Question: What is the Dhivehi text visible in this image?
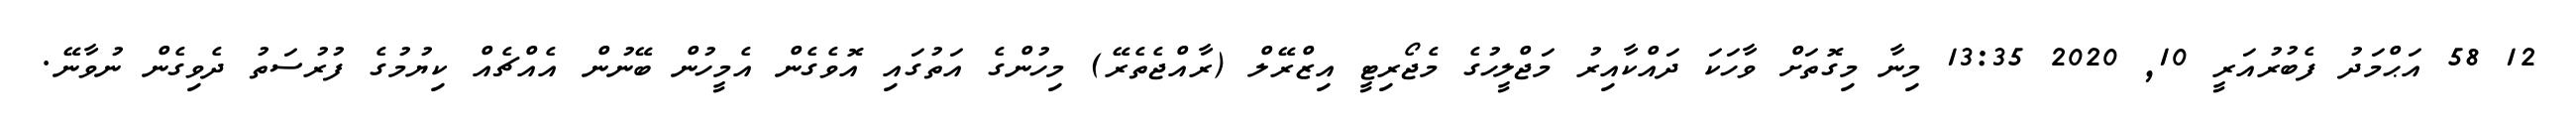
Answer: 12 58 އަޙްމަދު ފެބުރުއަރީ 10, 2020 13:35 މިނާ މިގޮތަށް ވާހަކަ ދައްކާއިރު މަޖްލީހުގެ މެޖޯރިޓީ އިޒްރޭލް (ރާއްޖެތެރޭ) މިހުންގެ އަތުގައި އޮވެގެން އެމީހުން ބޭނުން އެއްޗެއް ކިޔުމުގެ ފުރުސަތު ދެވިގެން ނުވާނޭ.